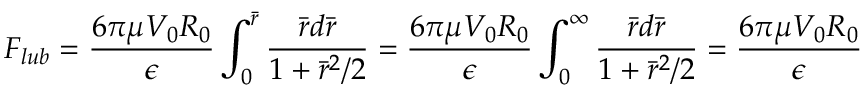
F _ { l u b } = \frac { 6 { \pi } { \mu } V _ { 0 } R _ { 0 } } { \epsilon } \int _ { 0 } ^ { \bar { r } } \frac { \bar { r } d \bar { r } } { 1 + \bar { r } ^ { 2 } / 2 } = \frac { 6 { \pi } { \mu } V _ { 0 } R _ { 0 } } { \epsilon } \int _ { 0 } ^ { \infty } \frac { \bar { r } d \bar { r } } { 1 + \bar { r } ^ { 2 } / 2 } = \frac { 6 { \pi } { \mu } V _ { 0 } R _ { 0 } } { \epsilon }